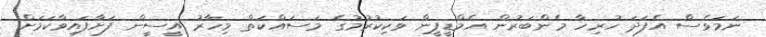
ނަމަވެސް އެފަދަ ހުރިހާ މެންބަރުން އެމްޑީޕީން ވަކިކުރުމުގެ މަސައްކަތް މިހާރު އީސީން ފަށާފައިވާކަމަށް